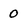
Character: 0